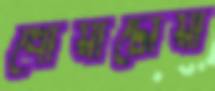
ধোঁয়াটোয়া